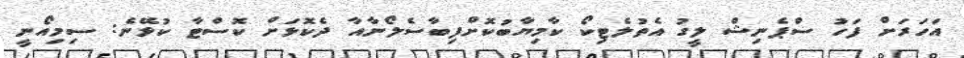
އަހަރަށް ފަހު ސްޕެނިޝް ލީގު އެތުލެޓިކޯ ކާމިޔާބުކޮށްފިބާސެލޯނާއާ ދެކޮޅަށް ކޮސްޓާ ކުޅޭނެ: ސިމިއޯނީ